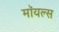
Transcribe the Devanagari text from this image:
मॉयल्स